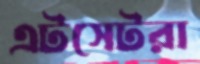
এটসেটরা